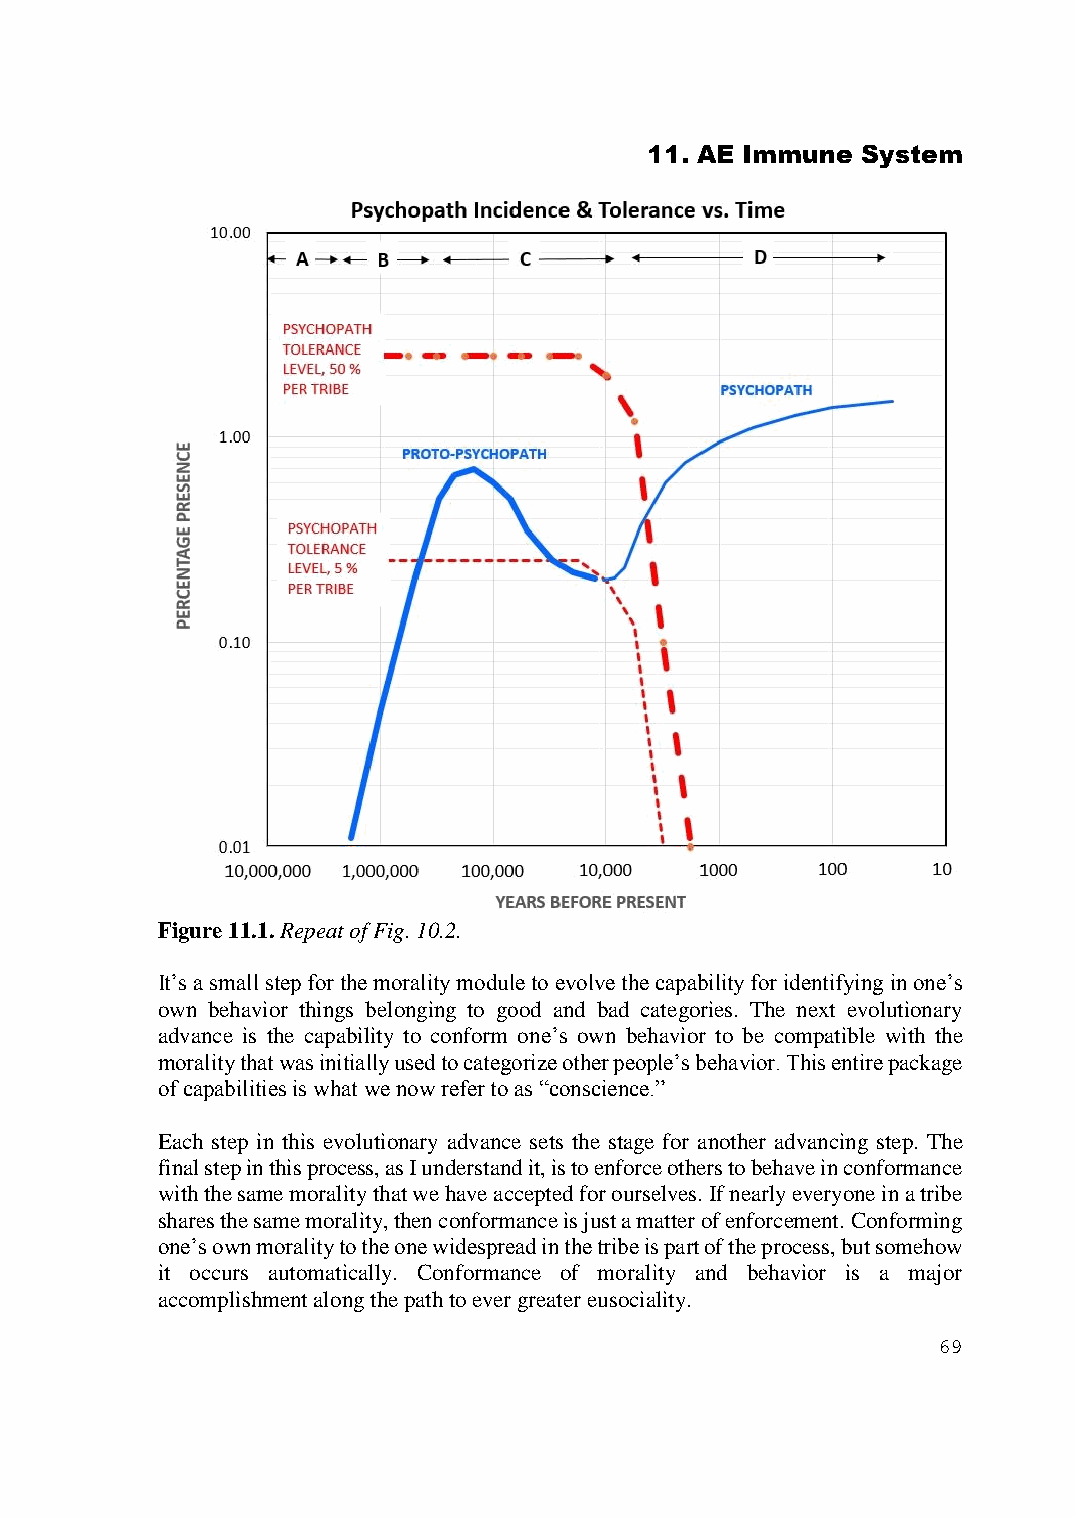
11. AE Immune System
 Figure 11.1. Repeat of Fig. 10.2.
 It’s a small step for the morality module to evolve the capability for identifying in one’s
 own behavior things belonging to good and bad categories. The next evolutionary
 advance is the capability to conform one’s own behavior to be compatible with the
 morality that was initially used to categorize other people’s behavior. This entire package
 of capabilities is what we now refer to as “conscience.”
 Each step in this evolutionary advance sets the stage for another advancing step. The
 final step in this process, as I understand it, is to enforce others to behave in conformance
 with the same morality that we have accepted for ourselves. If nearly everyone in a tribe
 shares the same morality, then conformance is just a matter of enforcement. Conforming
 one’s own morality to the one widespread in the tribe is part of the process, but somehow
 it occurs automatically. Conformance of morality and behavior is a major
 accomplishment along the path to ever greater eusociality.
 69